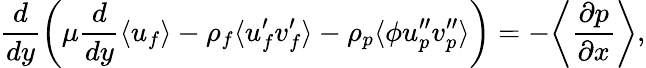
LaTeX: \frac{d}{dy}\left(\mu\frac{d}{dy}\langle u_{f}\rangle-\rho_{f}\langle u_{f}^{\prime}v_{f}^{\prime}\rangle-\rho_{p}\langle\phi u_{p}^{\prime\prime}v_{p}^{\prime\prime}\rangle\right)=-\bigg\langle\frac{\partial p}{\partial x}\bigg\rangle,